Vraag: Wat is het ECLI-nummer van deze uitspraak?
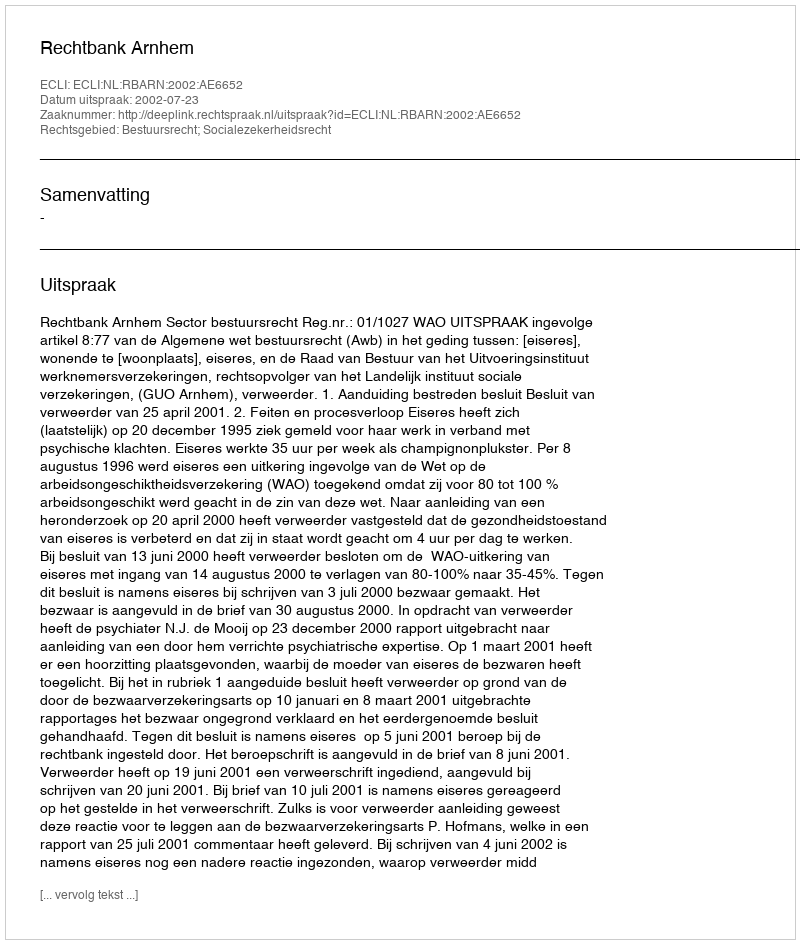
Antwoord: ECLI:NL:RBARN:2002:AE6652